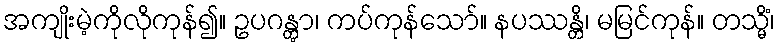
အကျိုးမဲ့ကိုလိုကုန်၍။ ဥပဂန္တွာ၊ ကပ်ကုန်သော်။ နပဿန္တိ၊ မမြင်ကုန်။ တသ္မိံ၊